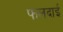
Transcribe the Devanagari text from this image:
फलदाई